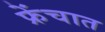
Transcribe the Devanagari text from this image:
फ्रेंचात